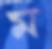
ম